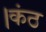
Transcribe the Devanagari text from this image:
।कंठ